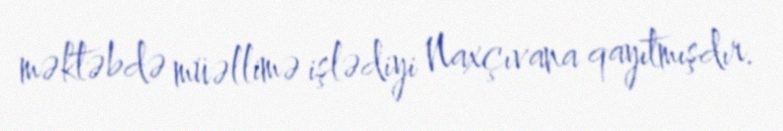
məktəbdə müəllimə işlədiyi Naxçıvana qayıtmışdır.